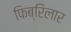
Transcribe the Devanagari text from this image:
फिब्रिलार